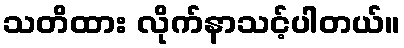
သတိထား လိုက်နာသင့်ပါတယ်။